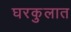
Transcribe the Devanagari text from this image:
घरकुलात